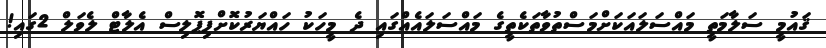
ޤައުމީ ސަލާމަތީ މައްސަލައަކަށްމަސްތުވާތަކެތީގެ މައްސަލައެއްގައި ދެ މީހަކު ހައްޔަރުކޮށްފިޕޮލިސް އެލާޓް ލެވަލް 2ގައި!